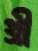
থ্রী